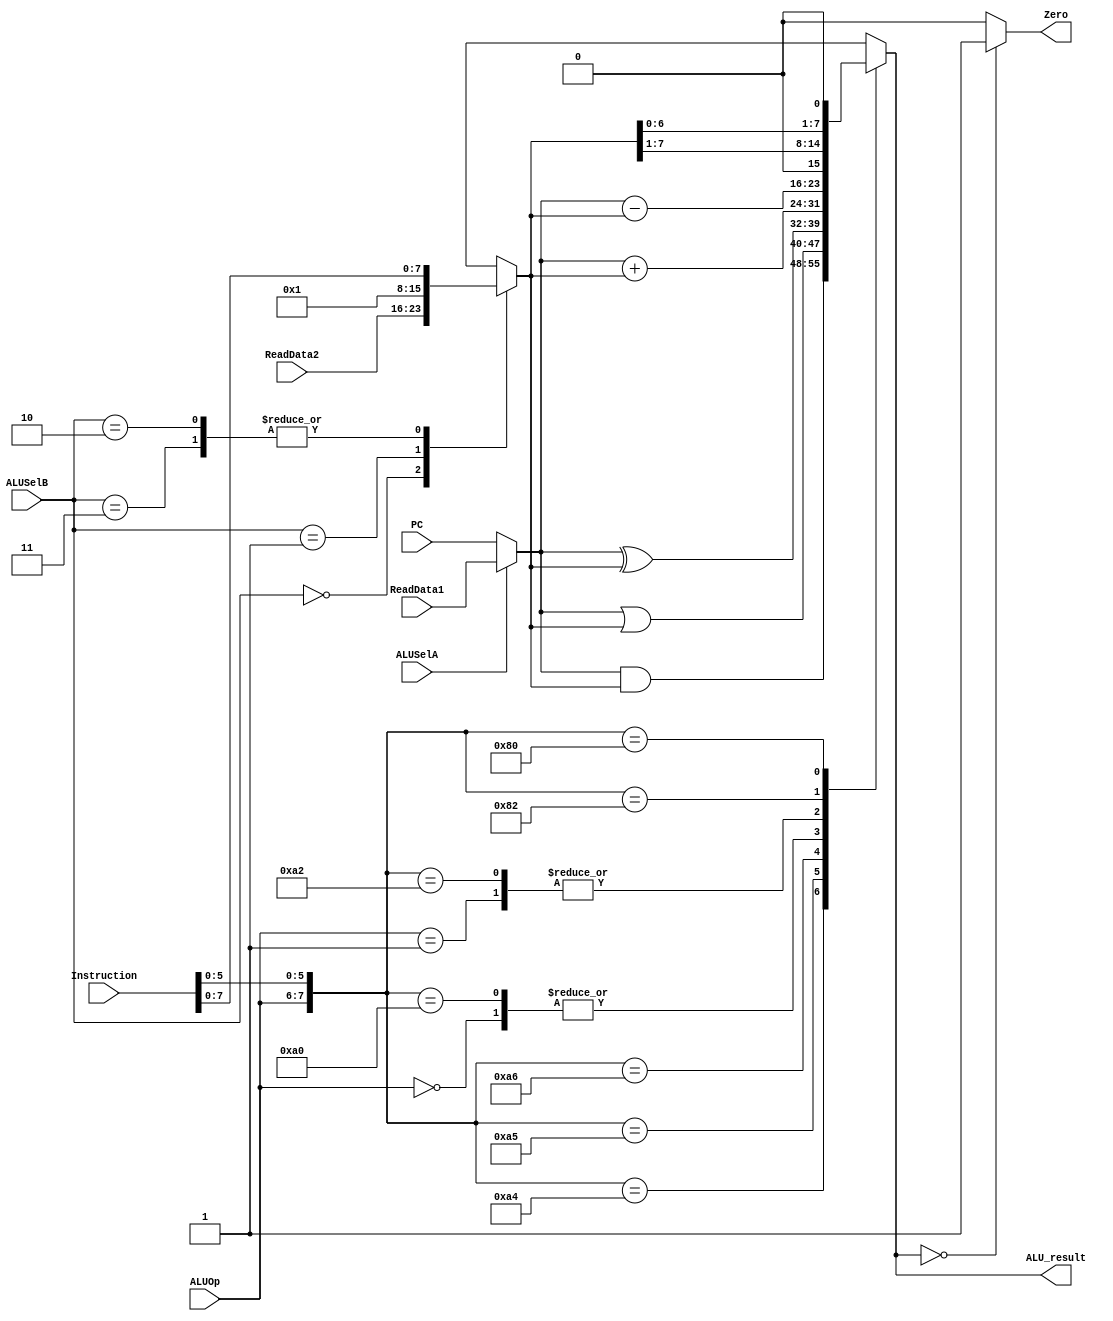
/*----------------------- PREP OPTIMIZED DESIGN REPORT -------------------
-- FILE NAME             : alu.v
-- DESIGN NAME           : ALU for R4000
-- DESIGN DESCRIPTION    : MIPS R4000 Processor
-- LANGUAGE              : Verilog
-- SYNTHESIS PRODUCT/REV : Synplify Lite 2.1c
-- SYNTHESIS VENDOR      : Synplicity, Inc.
-- SIMULATION PRODUCT/REV: SILOS III V95.1
-- SIMULATION VENDOR     : SIMUCAD, Inc
-- APR PRODUCT/REV       : SpDE 5.04
-- AUTHOR NAME           : Joel Naumann, Amarpreet Chawla, Micheal Povlin
-- AUTHOR COMPANY        : IDT, Stratacom, QuickLogic
-- AUTHOR EMAIL          : jcn@strata.com, povlin@idtinc.com, amar@qlogic.com
-- COMMENTS              :
-- DATE                  : 7/21/94
------------------------------------------------------------------------*/
/*********************************************************************
*
*               Module Name:    alu.v
*               Purpose:        ALU description for R4000
*               Copyright:      Michael Povlin, Amarpreet S. Chawla
*                               Joel Naumann
*
* Please feel free to distribute as long as the header is attached.
*
*********************************************************************/

module mAlu (
/* Input */
      PC,
      ReadData1,
      ReadData2,
      Instruction,
      ALUSelA,
      ALUSelB,
      ALUOp,

/* Output */
      Zero,
      ALU_result);

parameter pBuswidth  = 8;// dummy width
input[pBuswidth-1:0]   PC,ReadData1;
//input[pBuswidth-1:0]   ReadData1;
input[pBuswidth-1:0]   ReadData2;
input[15:0]            Instruction;
input                  ALUSelA;
input[1:0]             ALUSelB;
input[1:0]             ALUOp;

output                 Zero;
output[pBuswidth-1:0]  ALU_result;

reg[pBuswidth-1:0]     MuxA,MuxB;
//reg[pBuswidth-1:0]     MuxB;
reg                    Zero;
reg[pBuswidth-1:0]     ALU_result;

parameter[31:0] pZero      = 32'b0;
parameter pPositive  = 16'h0000 , pNegative  = 16'hffff;

/* Multilexer A */

always @(ALUSelA or ReadData1 or PC)
   begin
   if(ALUSelA) begin
      MuxA=ReadData1;
      end
   else begin
      MuxA=PC;
      end
   end

/* Multiplexer B and sign extender */

always @(ALUSelB or ReadData2 or Instruction)
   begin
   case(ALUSelB[1:0])
      2'b00 : MuxB = ReadData2;
      2'b01 : MuxB = 1;                   // Increment address
      2'b10,
      2'b11 : if(Instruction[15]) begin   // Sign extension
                MuxB = {pNegative,Instruction};
                end
              else begin
                MuxB = {pPositive,Instruction};
                end
    endcase
    end


/* ALU */

always @(ALUOp or Instruction or MuxA or MuxB)
   begin
      casex({ALUOp[1:0],Instruction[5:0]})
        8'b00xxxxxx : ALU_result = MuxA + MuxB; // Addition
        8'b01xxxxxx : ALU_result = MuxA - MuxB; // Subtraction
        /*R-Type operations */
        8'b10100100 : ALU_result = MuxA & MuxB; // AND
        8'b10100101 : ALU_result = MuxA | MuxB; // OR
        8'b10100110 : ALU_result = MuxA ^ MuxB; // XOR
        8'b10100000 : ALU_result = MuxA + MuxB; // Addition
        8'b10100010 : ALU_result = MuxA - MuxB; // Subtraction
        8'b10000010 : ALU_result = MuxB >> 1;   // Shift right
        8'b10000000 : ALU_result = MuxB << 1;   // Shift left

        default: ALU_result = 'bx;
      endcase

      if (ALU_result == pZero) begin
         Zero=1;
         end
      else begin
         Zero=0;
         end
   end

endmodule